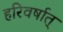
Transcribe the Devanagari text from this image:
हरिवर्षात्